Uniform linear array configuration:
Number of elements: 8
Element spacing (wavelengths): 0.5
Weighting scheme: kaiser
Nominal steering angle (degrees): -15
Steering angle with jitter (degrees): -16.691
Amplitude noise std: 0.05
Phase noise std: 0.05

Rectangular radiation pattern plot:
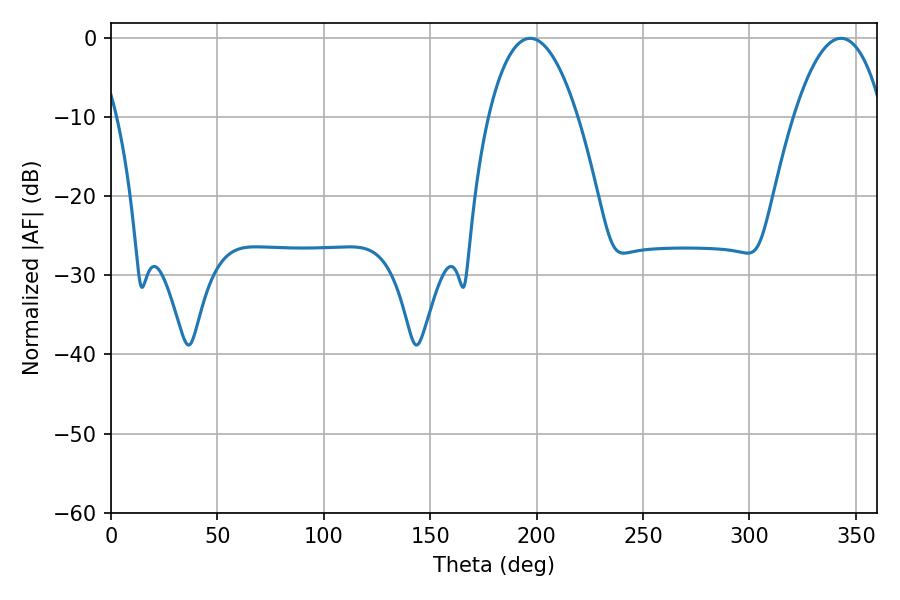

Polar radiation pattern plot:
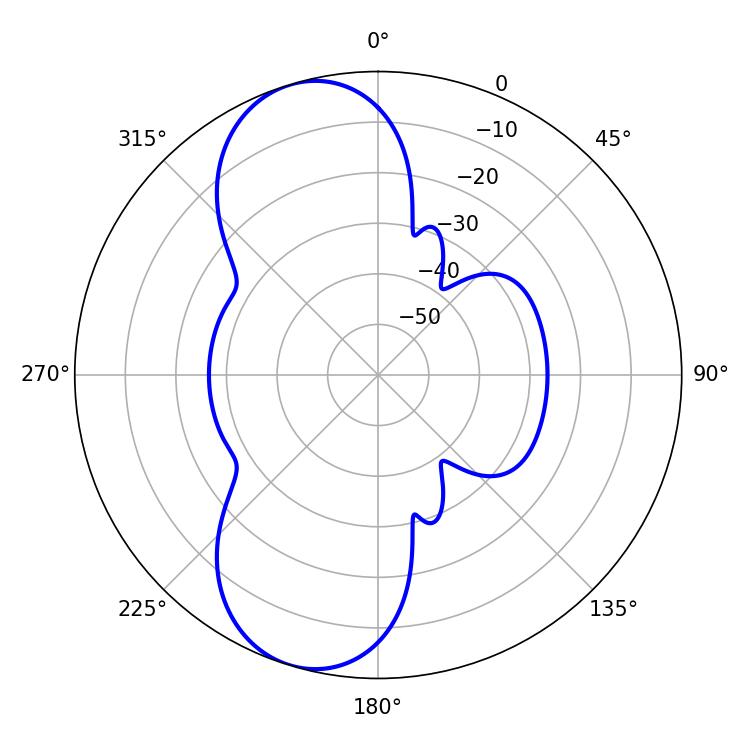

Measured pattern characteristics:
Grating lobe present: FALSE
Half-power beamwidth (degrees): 23.22
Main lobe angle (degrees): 343.08